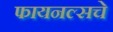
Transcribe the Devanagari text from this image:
फायनल्सचे